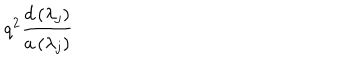
q ^ { 2 } \frac { d \left( \lambda _ { j } \right) } { a \left( \lambda _ { j } \right) }